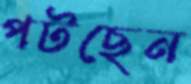
পটছেন